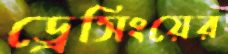
ড্রেসিংয়ের